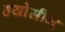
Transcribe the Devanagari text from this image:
हयोसीन